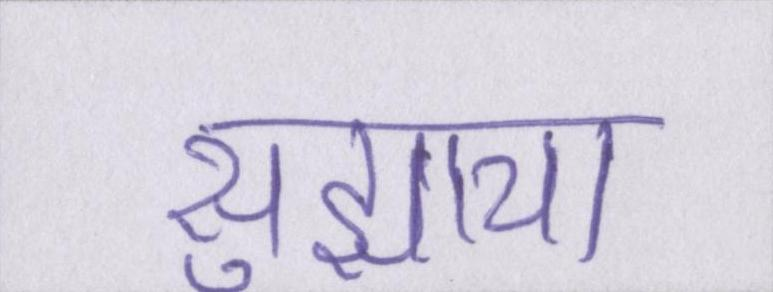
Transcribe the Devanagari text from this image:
सुझाया